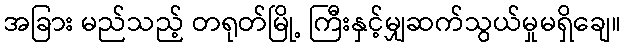
အခြား မည်သည့် တရုတ်မြို့ ကြီးနှင့်မျှဆက်သွယ်မှုမရှိချေ။